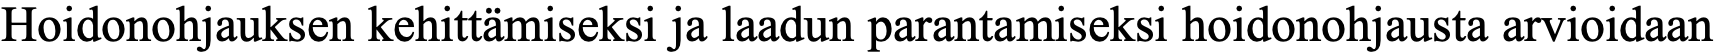
Hoidonohjauksen kehittämiseksi ja laadun parantamiseksi hoidonohjausta arvioidaan